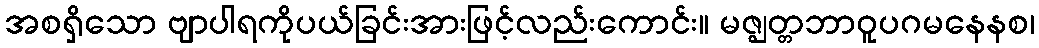
အစရှိသော ဗျာပါရကိုပယ်ခြင်းအားဖြင့်လည်းကောင်း။ မဇ္ဈတ္တဘာဝူပဂမနေနစ၊